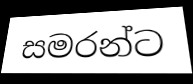
සමරන්ට